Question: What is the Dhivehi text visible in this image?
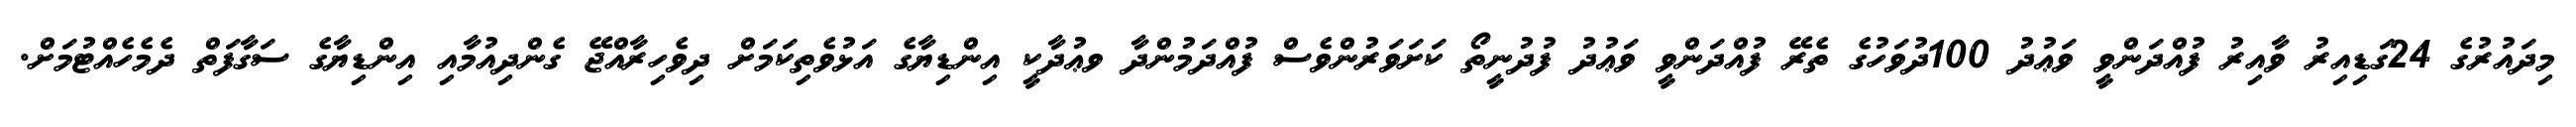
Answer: މިދައުރުގެ 24ގަޑިއިރު ވާއިރު ފުއްދަންވީ ވަޢުދު 100ދުވަހުގެ ތެރޭ ފުއްދަންވީ ވަޢުދު ފުދުނީތޯ ކަށަވަރުންވެސް ފުއްދަމުންދާ ވޢުދާކީ އިންޑިޔާގެ އަޅުވެތިކަމަށް ދިވެހިރާއްޖޭ ގެންދިއުމާއި އިންޑިޔާގެ ސަގާފަތް ދެމެހެއްޓުމަށް.